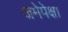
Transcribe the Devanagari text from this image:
जमेपेक्षा